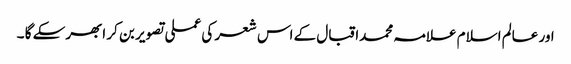
اور عالم اسلام علامہ محمداقبال کے اس شعر کی عملی تصویر بن کر ابھرسکے گا ۔